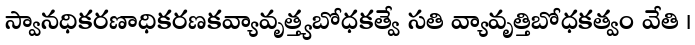
స్వానధికరణాధికరణకవ్యావృత్త్యబోధకత్వే సతి వ్యావృత్తిబోధకత్వం వేతి ।